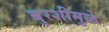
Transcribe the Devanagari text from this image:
बुरशीमुळे